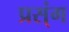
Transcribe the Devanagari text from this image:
प्रस्ंग